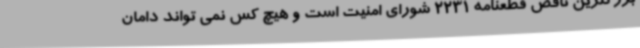
بزرگترین ناقض قطعنامه 2231 شورای امنیت است و هیچ کس نمی تواند دامان